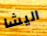
اليشا